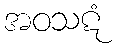
အဝသဋံ